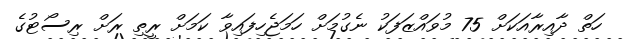
ހަތް ދާއިރާއަކަށް 75 މުވައްޒަފަކު ނެގުމަށް ހަމަޖެހިފައިވާ ކަމަށް ރީތި ރަށް ރިސޯޓުގެ